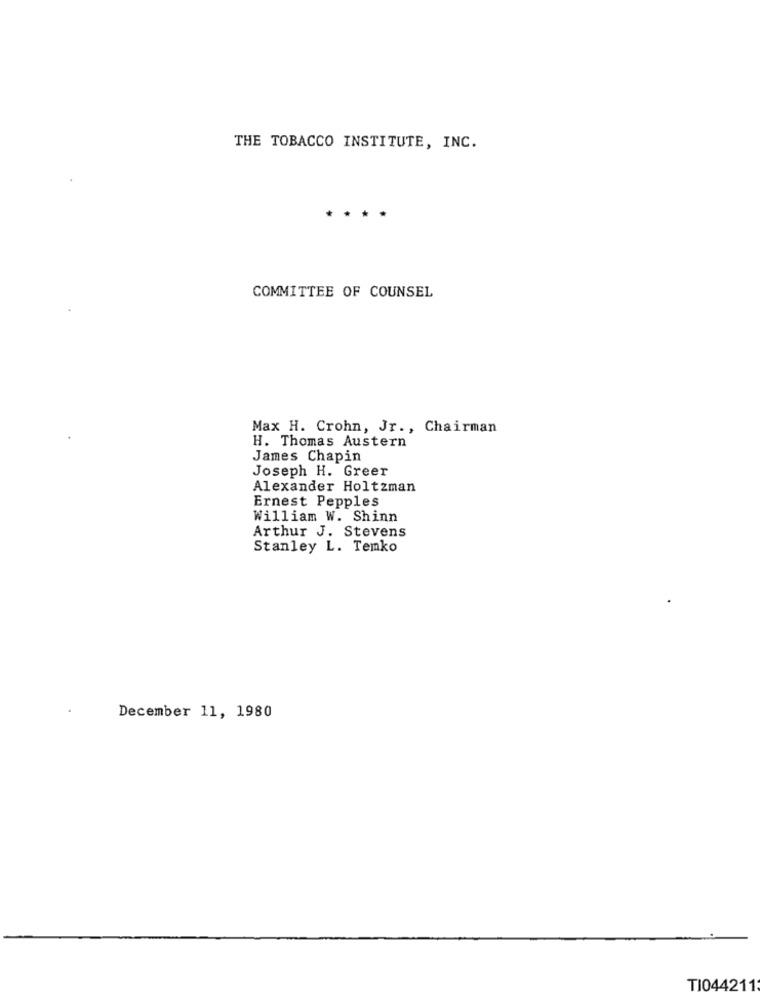
THE TOBACCO INSTITUTE, INC.
COMMITTEE OF COUNSEL
Max H. Crohn, Jr ., Chairman
H. Thomas Austern
James Chapin
Joseph H. Greer
Alexander Holtzman
Ernest Pepples
William W. Shinn
Arthur J. Stevens
Stanley L. Temko
December 11, 1980
TI044211